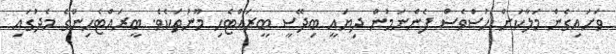
ވަށައިގެން މަލާކަށް ހުސްވެސް ފެންނަމުން ދިޔައީ ބިދޭސީ ބީރައްޓެހި މޫނުތަކެވެ. ބީރައްޓެހިންގެ މެދުގައި